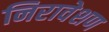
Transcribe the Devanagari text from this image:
निरावेशण